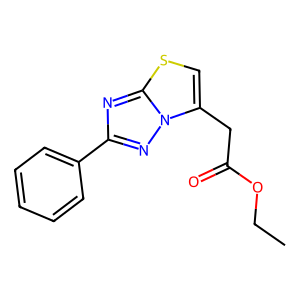
SMILES: CCOC(=O)Cc1csc2nc(-c3ccccc3)nn12
Inhibits HIV replication: No